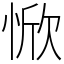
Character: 惞